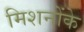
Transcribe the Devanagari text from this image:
मिशनोंके